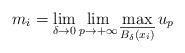
LaTeX: \begin{align*}m_i=\lim_{\delta\rightarrow 0}\lim_{p\rightarrow +\infty}\max_{\overline{B_{\delta}(x_i)}} u_{p}\end{align*}